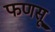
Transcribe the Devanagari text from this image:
फणसू